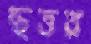
ছত্তর